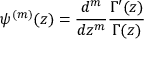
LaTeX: \psi ^ { ( m ) } ( z ) = { \frac { d ^ { m } } { d z ^ { m } } } { \frac { \Gamma ^ { \prime } ( z ) } { \Gamma ( z ) } }